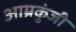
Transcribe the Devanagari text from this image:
आम्रकुंजी